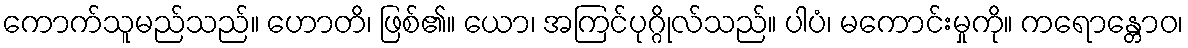
ကောက်သူမည်သည်။ ဟောတိ၊ ဖြစ်၏။ ယော၊ အကြင်ပုဂ္ဂိုလ်သည်။ ပါပံ၊ မကောင်းမှုကို။ ကရောန္တောဝ၊